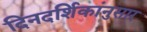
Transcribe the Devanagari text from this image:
दिनदर्शिकांनुसार